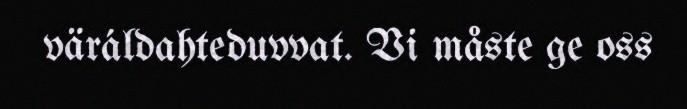
väráldahteduvvat. Vi måste ge oss